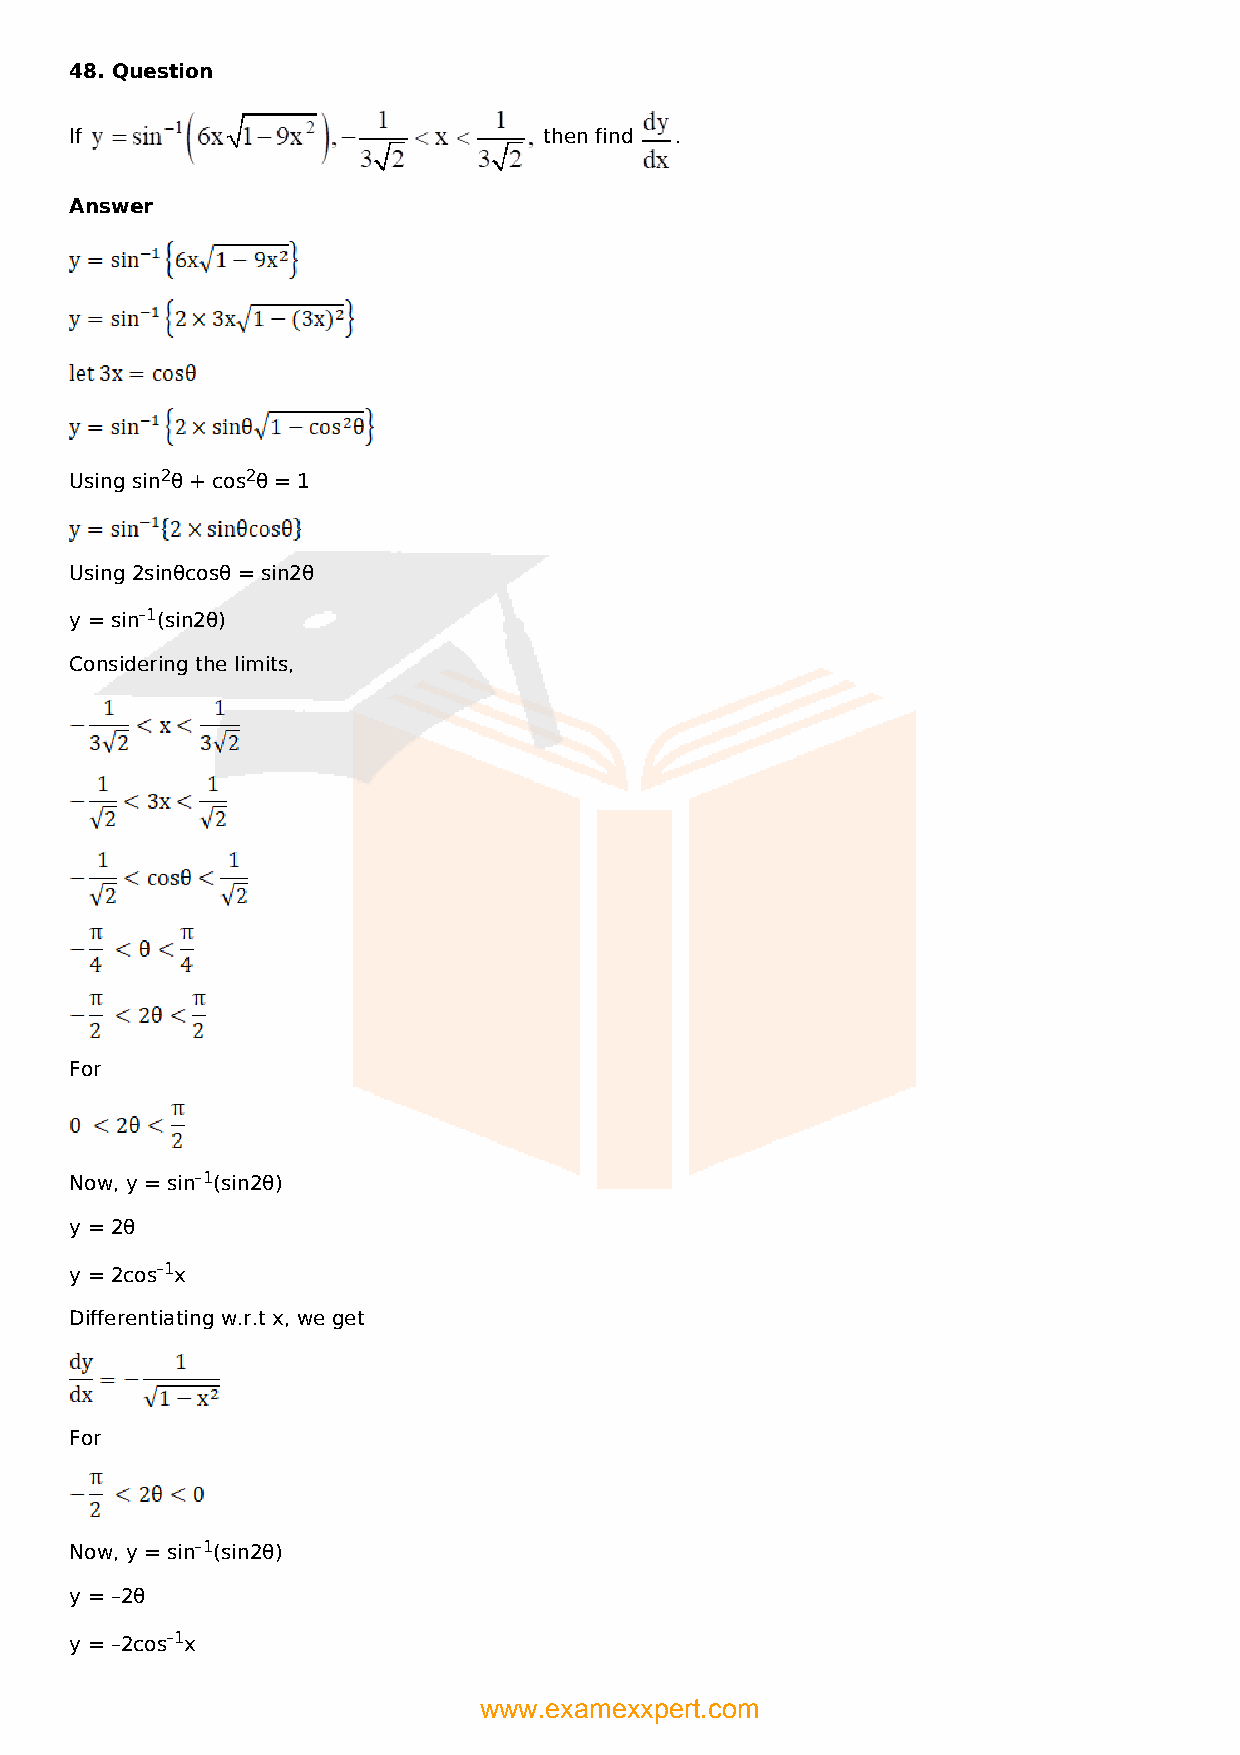
48. Question
 If                             then find .
 Answer
 Using sin2θ + cos2θ = 1
 Using 2sinθcosθ = sin2θ
 y = sin–1(sin2θ)
 Considering the limits,
 For
 Now, y = sin–1(sin2θ)
 y = 2θ
 y = 2cos–1x
 Differentiating w.r.t x, we get
 For
 Now, y = sin–1(sin2θ)
 y = –2θ
 y = –2cos–1x
 www.examexxpert.com